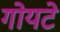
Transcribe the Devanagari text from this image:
गोयटे